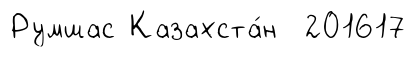
Румшас Казахста́н 201617